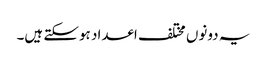
یہ دونوں مختلف اعداد ہوسکتے ہیں۔